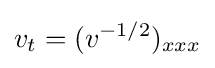
v_{t}=(v^{-1/2})_{xxx}